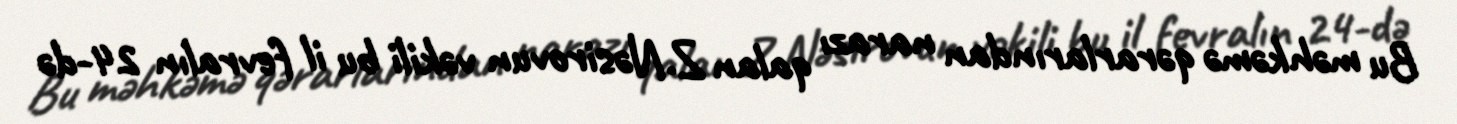
Bu məhkəmə qərarlarından narazı qalan Z.Nəsirovun vəkili bu il fevralın 24-də